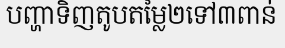
បញ្ហាទិញតូបតម្លៃ២ទៅ៣ពាន់